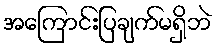
အကြောင်းပြချက်မရှိဘဲ